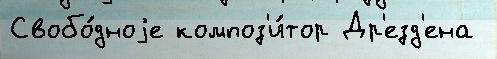
Свобо́дноjе композ'и́тор Др'езд'ена